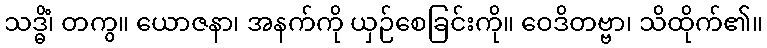
သဒ္ဓိံ၊ တကွ။ ယောဇနာ၊ အနက်ကို ယှဉ်စေခြင်းကို။ ဝေဒိတဗ္ဗာ၊ သိထိုက်၏။